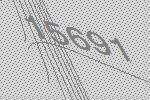
15691